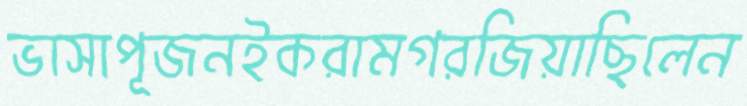
ভাসাপূজনইকরামগরজিয়াছিলেন